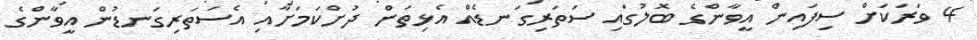
4 ވަރަކަށް ސިފައިން އީވާންގެ ބޮލުގައި ސަތަރިގަނޑެއް އެޅިތަން ދުށްކަމަށާއި އެސަތަރިގަނޑުން އީވާންގެ